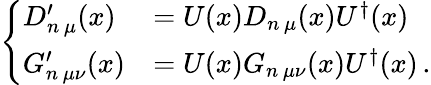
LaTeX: \left\{ \begin{array}{ll}{D_{n\, \mu}^{\prime}(x)}&{=U(x)D_{n\, \mu}(x)U^{\dagger}(x)}\\ {G_{n\, \mu\nu}^{\prime}(x)}&{=U(x)G_{n\, \mu\nu}(x)U^{\dagger}(x)\, .}\end{array}\right.